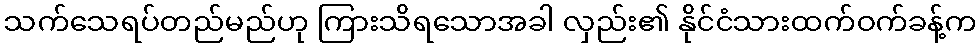
သက်သေရပ်တည်မည်ဟု ကြားသိရသောအခါ လှည်း၏ နိုင်ငံသားထက်ဝက်ခန့်က